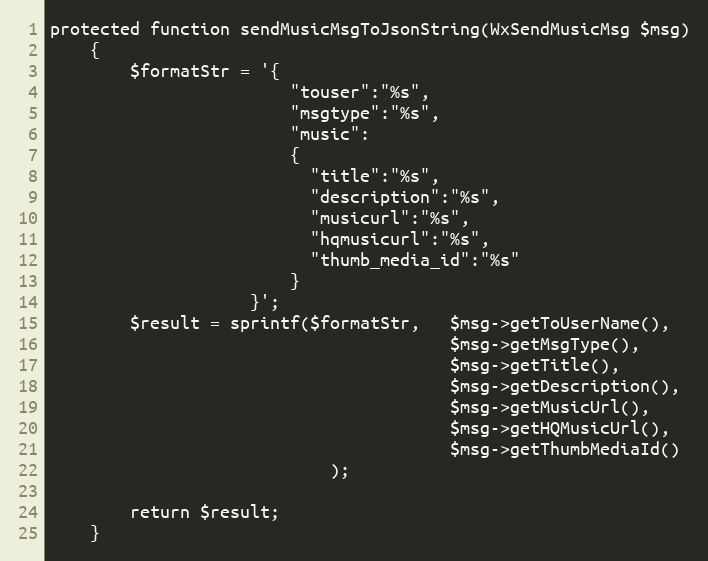
Language: PHP
protected function sendMusicMsgToJsonString(WxSendMusicMsg $msg)
    {
        $formatStr = '{
                        "touser":"%s",
                        "msgtype":"%s",
                        "music":
                        {
                          "title":"%s",
                          "description":"%s",
                          "musicurl":"%s",
                          "hqmusicurl":"%s",
                          "thumb_media_id":"%s"
                        }
                    }';
        $result = sprintf($formatStr,   $msg->getToUserName(),
                                        $msg->getMsgType(),
                                        $msg->getTitle(),
                                        $msg->getDescription(),
                                        $msg->getMusicUrl(),
                                        $msg->getHQMusicUrl(),
                                        $msg->getThumbMediaId()
                            );

        return $result;
    }